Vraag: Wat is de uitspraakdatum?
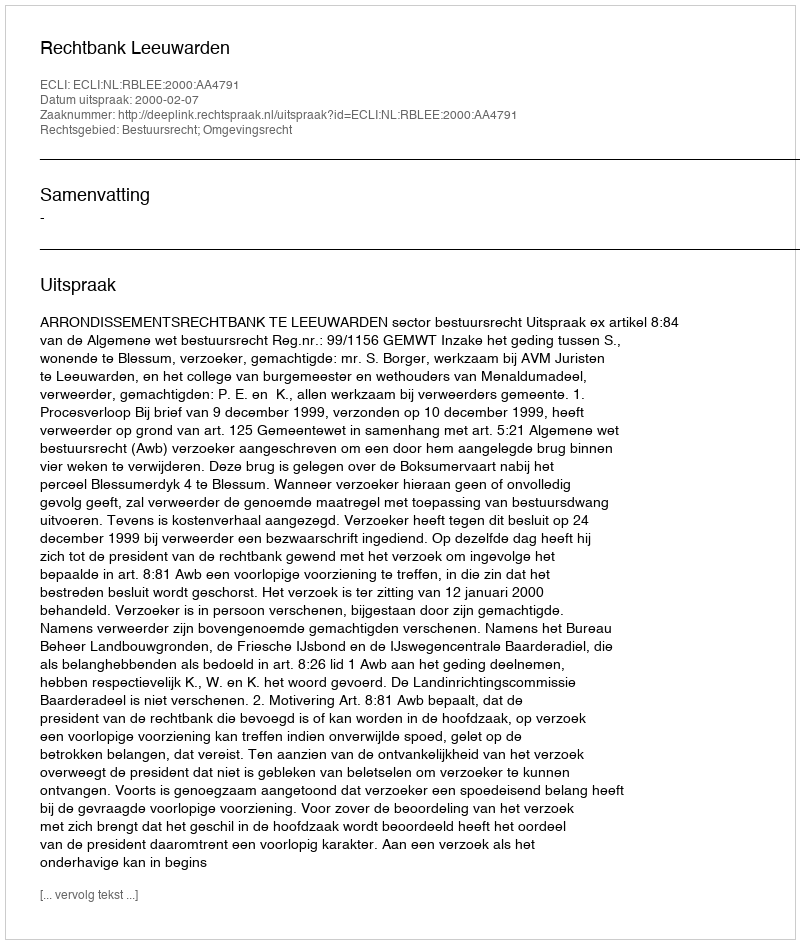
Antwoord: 2000-02-07